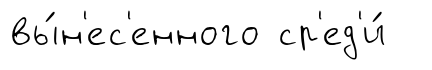
вы́н'ес'енного ср'ед'и́